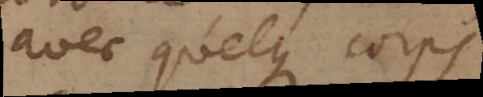
avec quelques corps